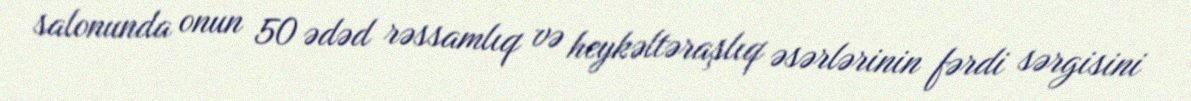
salonunda onun 50 ədəd rəssamlıq və heykəltəraşlıq əsərlərinin fərdi sərgisini